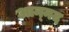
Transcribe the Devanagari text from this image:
आन्‍नद